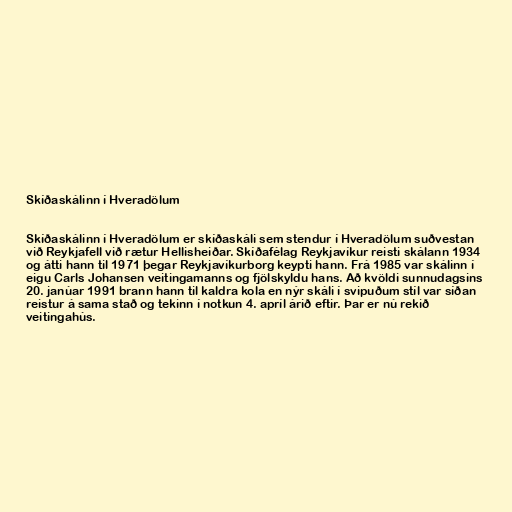
Skíðaskálinn í Hveradölum

Skíðaskálinn í Hveradölum er skíðaskáli sem stendur í Hveradölum suðvestan
við Reykjafell við rætur Hellisheiðar. Skíðafélag Reykjavíkur reisti skálann 1934
og átti hann til 1971 þegar Reykjavíkurborg keypti hann. Frá 1985 var skálinn í
eigu Carls Johansen veitingamanns og fjölskyldu hans. Að kvöldi sunnudagsins
20. janúar 1991 brann hann til kaldra kola en nýr skáli í svipuðum stíl var síðan
reistur á sama stað og tekinn í notkun 4. apríl árið eftir. Þar er nú rekið
veitingahús.